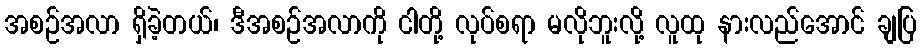
အစဉ်အလာ ရှိခဲ့တယ်၊ ဒီအစဉ်အလာကို ငါတို့ လုပ်စရာ မလိုဘူးလို့ လူထု နားလည်အောင် ချပြ